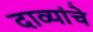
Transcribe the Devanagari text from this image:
दाव्यांचे